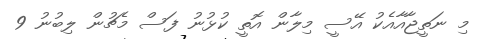
މި ނަތީޖާއާއެކު އޭސީ މިލާން އޮތީ ކުޅުނު ފަސް މެޗުން ލިބުނު 9